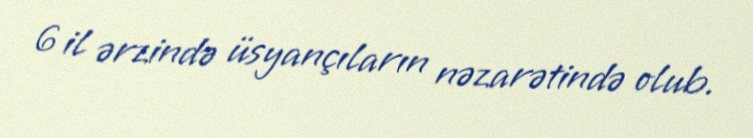
6 il ərzində üsyançıların nəzarətində olub.